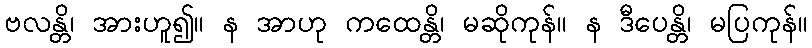
ဗလန္တိ၊ အားဟူ၍။ န အာဟု ကထေန္တိ၊ မဆိုကုန်။ န ဒီပေန္တိ၊ မပြကုန်။